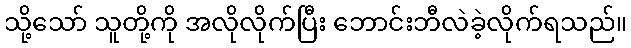
သို့သော် သူတို့ကို အလိုလိုက်ပြီး ဘောင်းဘီလဲခဲ့လိုက်ရသည်။